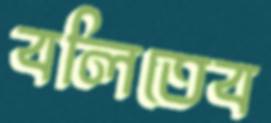
বলিতেব